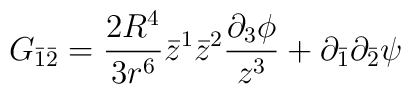
G_{\bar{1}\bar{2}}=\frac{2 R^4}{3r^6} \bar{z}^1\bar{z}^2 \frac{\partial_3\phi}{z^3} +\partial_{\bar{1}}\partial_{\bar{2}}\psi